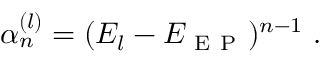
\alpha _ { n } ^ { ( l ) } = ( E _ { l } - E _ { \mathrm { ~ E ~ P ~ } } ) ^ { n - 1 } \ .